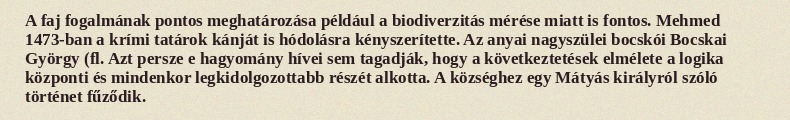
A faj fogalmának pontos meghatározása például a biodiverzitás mérése miatt is fontos. Mehmed 1473-ban a krími tatárok kánját is hódolásra kényszerítette. Az anyai nagyszülei bocskói Bocskai György (fl. Azt persze e hagyomány hívei sem tagadják, hogy a következtetések elmélete a logika központi és mindenkor legkidolgozottabb részét alkotta. A községhez egy Mátyás királyról szóló történet fűződik.